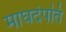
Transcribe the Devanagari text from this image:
माघदंपति